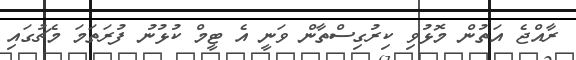
ރާއްޖެ އަތުން މޮޅުވި ކިރުގިސްތާން ވަނީ އެ ޓީމް ކުޅުނު ފުރަތަމަ މެޗުގައި